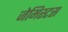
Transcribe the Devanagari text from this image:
जेमिस्टस